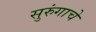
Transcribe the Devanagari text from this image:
सुरुंगाचे